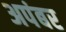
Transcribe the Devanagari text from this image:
अपंबर